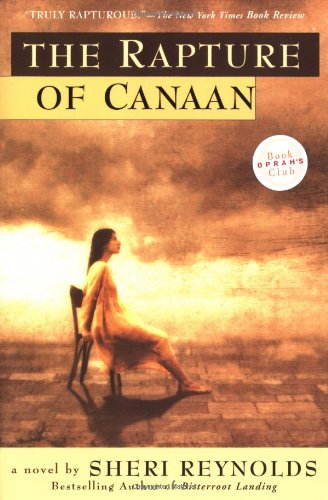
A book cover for The Rapture of Canaan; Sheri Reynolds; Romance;